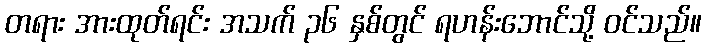
တရား အားထုတ်ရင်း အသက် ၃၆ နှစ်တွင် ရဟန်းဘောင်သို့ ဝင်သည်။